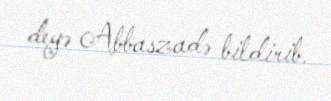
deyə Abbaszadə bildirib.